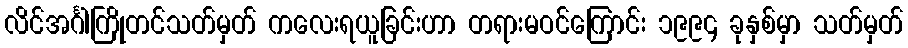
လိင်အင်္ဂါကြိုတင်သတ်မှတ် ကလေးရယူခြင်းဟာ တရားမဝင်ကြောင်း ၁၉၉၄ ခုနှစ်မှာ သတ်မှတ်